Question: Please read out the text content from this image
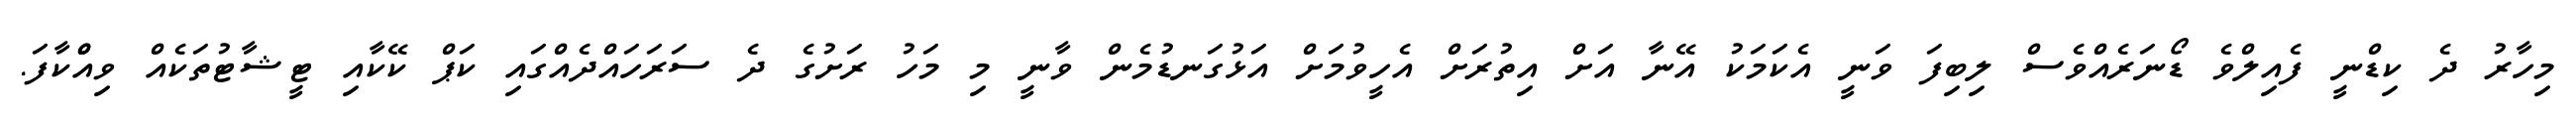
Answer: މިހާރު ދެ ކިޑްނީ ފެއިލްވެ ޑޯނަރެއްވެސް ލިބިފަ ވަނީ އެކަމަކު އޭނާ އަށް އިތުރަށް އެހީވުމަށް އަޅުގަނޑުމެން ވާނީ މި މަހު ރަށުގެ ދެ ސަރަހައްދެއްގައި ކަޕް ކޭކާއި ޓީޝާޓުތަކެއް ވިއްްކާފަ.